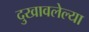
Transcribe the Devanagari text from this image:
दुखावलेल्या